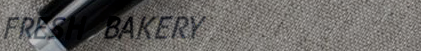
FRESH BAKERY